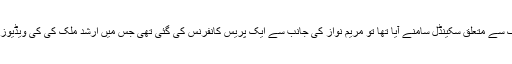
جب ارشد ملک سے متعلق سکینڈل سامنے آیا تھا تو مریم نواز کی جانب سے ایک پریس کانفرنس کی گئی تھی جس میں ارشد ملک کی کی ویڈیوز پیش کی گئی۔